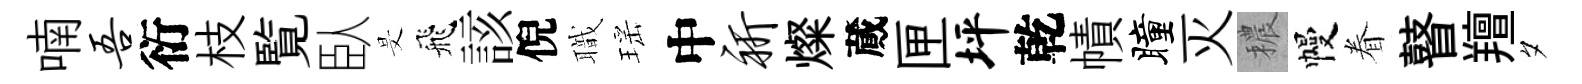
喃吾衍枝覧臥旻飛該倪職瑶中祈燦蕆匣坪乾幘瞳灭穠幔眷瞽羶夕